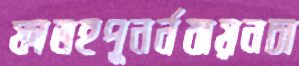
ফাতহপুনর্নবায়নচা